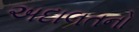
અદાલતનો